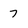
Character: 7